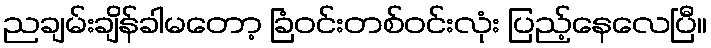
ညချမ်းချိန်ခါမတော့ ခြံဝင်းတစ်ဝင်းလုံး ပြည့်နေလေပြီ။